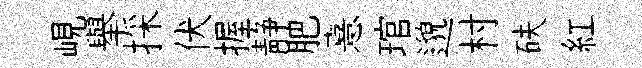
峴舉採伏握静肥憙琯邈村砆紅